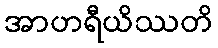
အာဟရီယိဿတိ